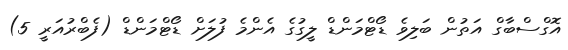
އޮގްސްބާގް އަތުން ބަލިވެ ޑޯޓްމަންޑް ލީގުގެ އެންމެ ފުލަށް ޑޯޓްމަންޑް (ފެބްރުއަރީ 5)